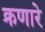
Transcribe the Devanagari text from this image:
क्रणारे